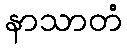
နာသာတံ